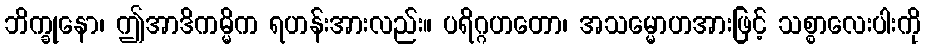
ဘိက္ခုနော၊ ဤအာဒိကမ္မိက ရဟန်းအားလည်း။ ပရိဂ္ဂဟတော၊ အသမ္မောဟအားဖြင့် သစ္စာလေးပါးကို